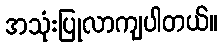
အသုံးပြုလာကျပါတယ်။